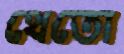
থেতো